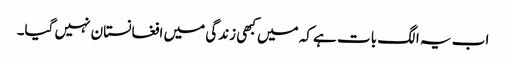
اب یہ الگ بات ہے کہ میں کبھی زندگی میں افغانستان نہیں گیا۔